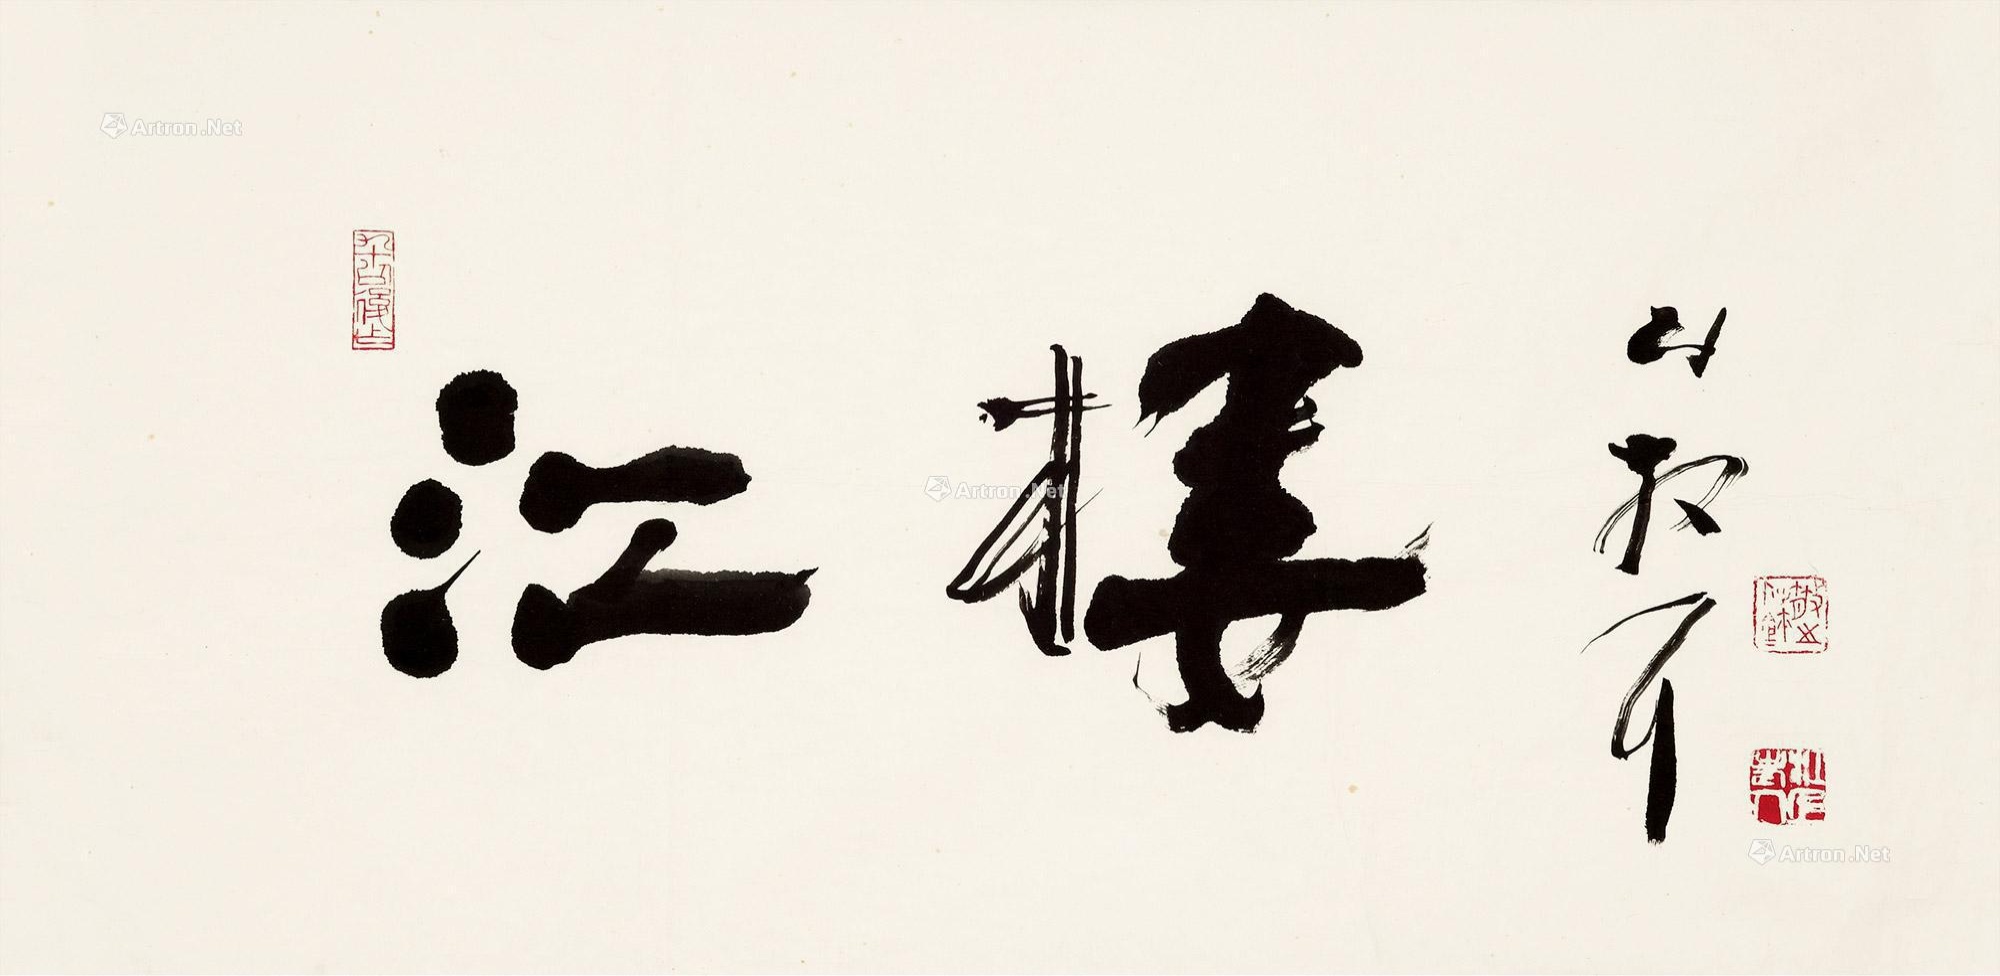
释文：江楼。林散耳。